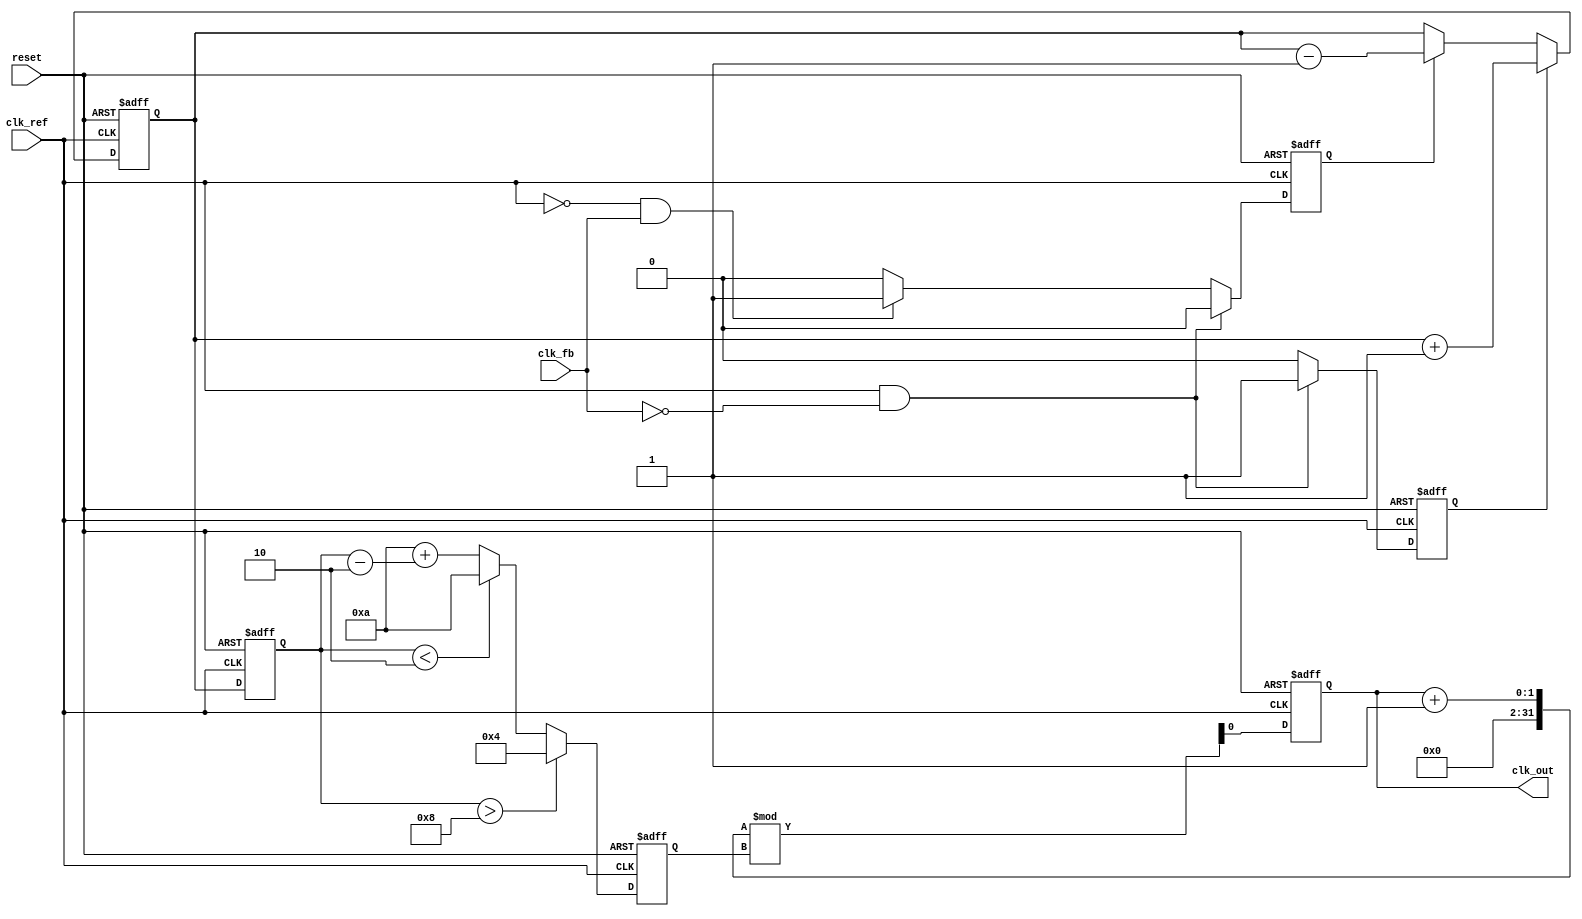
module cp_pll (
    input wire clk_ref,          // Reference clock
    input wire clk_fb,           // Feedback clock from VCO
    input wire reset,            // Asynchronous reset
    output reg clk_out           // Output clock from VCO
);

// Parameters
parameter N = 4;                // Division factor for feedback
parameter CP_CURRENT = 1'b1;    // Charge pump current (1 for UP, 0 for DOWN)
parameter VCO_MAX_FREQ = 100;   // Max frequency of VCO
parameter VCO_MIN_FREQ = 10;    // Min frequency of VCO

// Internal signals
reg up, down;
reg [3:0] vco_control;           // Control voltage for VCO
reg [3:0] vco_freq;              // VCO frequency
reg [3:0] loop_filter;           // Loop filter output
reg [3:0] feedback_div;          // Feedback divider

// Phase Frequency Detector (PFD)
always @(posedge clk_ref or posedge reset) begin
    if (reset) begin
        up <= 0;
        down <= 0;
    end else begin
        if (clk_ref && !clk_fb) begin
            up <= 1;   // Reference clock leads feedback clock
            down <= 0;
        end else if (!clk_ref && clk_fb) begin
            up <= 0;
            down <= 1; // Feedback clock leads reference clock
        end else begin
            up <= 0;
            down <= 0; // No phase difference
        end
    end
end

// Charge Pump (CP)
always @(posedge clk_ref or posedge reset) begin
    if (reset) begin
        loop_filter <= 0;
    end else begin
        if (up) begin
            loop_filter <= loop_filter + CP_CURRENT; // Source current
        end else if (down) begin
            loop_filter <= loop_filter - CP_CURRENT; // Sink current
        end
    end
end

// Loop Filter (simple RC model)
always @(posedge clk_ref or posedge reset) begin
    if (reset) begin
        vco_control <= 0;
    end else begin
        vco_control <= loop_filter; // Directly use loop filter output
    end
end

// Voltage-Controlled Oscillator (VCO)
always @(posedge clk_ref or posedge reset) begin
    if (reset) begin
        vco_freq <= VCO_MIN_FREQ; // Start at minimum frequency
        clk_out <= 0;
    end else begin
        // Adjust VCO frequency based on control voltage
        if (vco_control > 8) begin
            vco_freq <= VCO_MAX_FREQ; // Max frequency
        end else if (vco_control < 2) begin
            vco_freq <= VCO_MIN_FREQ; // Min frequency
        end else begin
            vco_freq <= VCO_MIN_FREQ + (vco_control - 2); // Scale frequency
        end
        
        // Generate output clock based on VCO frequency
        clk_out <= (clk_out + 1) % vco_freq; // Simple clock generation
    end
end

// Feedback Divider
always @(posedge clk_out or posedge reset) begin
    if (reset) begin
        feedback_div <= 0;
    end else begin
        feedback_div <= (feedback_div + 1) % N; // Divide by N
    end
end

endmodule